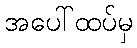
အပေါ်ထပ်မှ